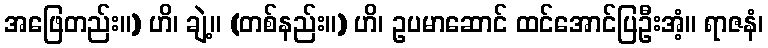
အဖြေတည်း။) ဟိ၊ ချဲ့။ (တစ်နည်း။) ဟိ၊ ဥပမာဆောင် ထင်အောင်ပြဦးအံ့။ ရာဇနံ၊